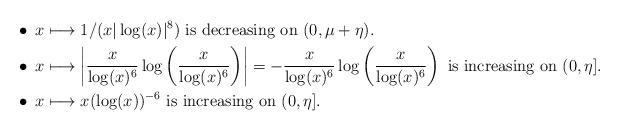
LaTeX: \begin{align*}& \bullet \; x\longmapsto 1/(x|\log(x)|^{8}) \textrm{ is decreasing on } (0, \mu+\eta).\\&\bullet \; x\longmapsto \left|\frac{x}{\log(x)^6} \log\left(\frac{x}{\log(x)^6} \right)\right| = -\frac{x}{\log(x)^6} \log\left(\frac{x}{\log(x)^6}\right) \textrm{ is increasing on } (0,\eta].\\&\bullet \; x\longmapsto x(\log(x))^{-6} \textrm{ is increasing on } (0,\eta].\end{align*}